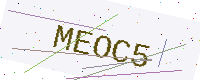
Text: MEOC5